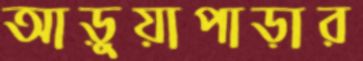
আড়ুয়াপাড়ার